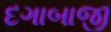
દગાબાજી